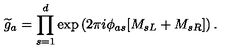
{ \widetilde g } _ { a } = \prod _ { s = 1 } ^ { d } \exp \left( { 2 \pi i \phi _ { a s } } [ M _ { s L } + M _ { s R } ] \right) .